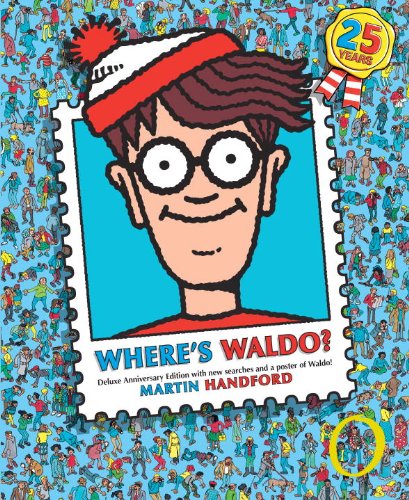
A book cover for Where's Waldo?: Deluxe Edition; Martin Handford; Children's Books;